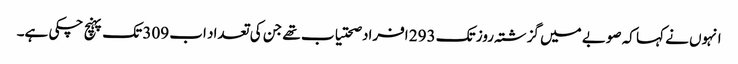
انہوں نے کہا کہ صوبے میں گزشتہ روز تک 293 افراد صحتیاب تھے جن کی تعداد اب 309 تک پہنچ چکی ہے۔